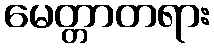
မေတ္တာတရား